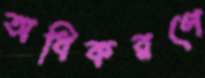
অধিকরণে